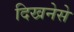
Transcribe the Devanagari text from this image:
दिखनेसे